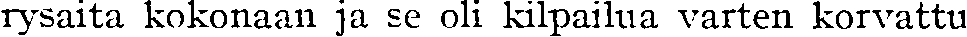
rysaita kokonaan ja se oli kilpailua varten korvattu